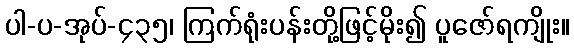
ပါ-ပ-အုပ်-၄၃၅၊ ကြက်ရုံးပန်းတို့ဖြင့်မိုး၍ ပူဇော်ရကျိုး။